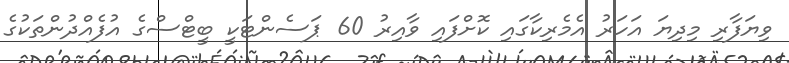
ވިޔަފާރި މިދިޔަ އަހަރު އެމެރިކާގައި ކޮށްފައި ވާއިރު 60 ޕަސެންޓަކީ ބީޓްސްގެ އުފެއްދުންތަކުގެ